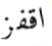
اقفز